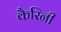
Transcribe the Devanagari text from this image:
कैरिनी